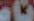
نام